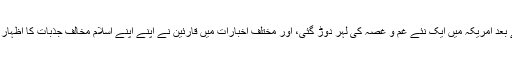
اس واقعہ کے بعد امریکہ میں ایک نئے غم و غصہ کی لہر دوڑ گئی، اور مختلف اخبارات میں قارئین نے اپنے اپنے اسلام مخالف جذبات کا اظہار شروع کردیا۔